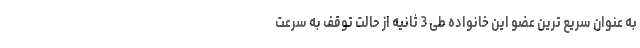
به عنوان سریع ترین عضو این خانواده طی 3 ثانیه از حالت توقف به سرعت